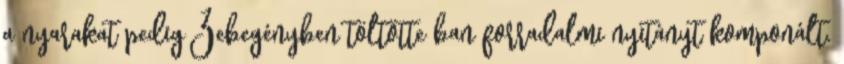
a nyarakat pedig Zebegényben töltötte ban forradalmi nyitányt komponált.